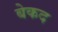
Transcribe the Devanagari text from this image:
बेकद